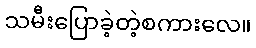
သမီးပြောခဲ့တဲ့စကားလေ။